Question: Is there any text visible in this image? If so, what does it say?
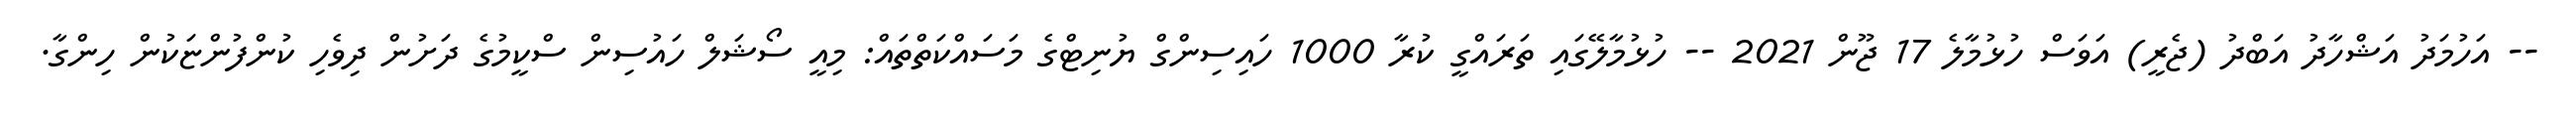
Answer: -- އަހުމަދު އަޝްހާދު އަބްދު (ޖެރީ) އަވަސް ހުޅުމާލެ 17 ޖޫން 2021 -- ހުޅުމާލޭގައި ތަރައްގީ ކުރާ 1000 ހައިސިންގް ޔުނިޓްގެ މަސައްކަތްތައް: މިއީ ސޯޝަލް ހައުސިން ސްކީމުގެ ދަށުން ދިވެހި ކުންފުންޏަކުން ހިންގާ.